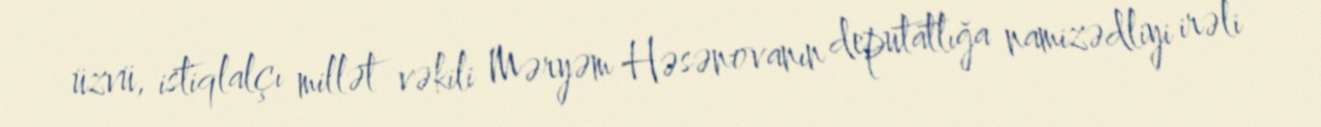
üzvü, istiqlalçı millət vəkili Məryəm Həsənovanın deputatlığa namizədliyi irəli